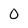
Character: 0